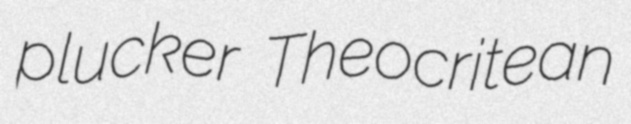
plucker Theocritean